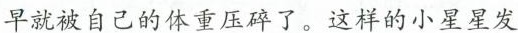
早就被自己的体重压碎了。这样的小星星发